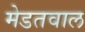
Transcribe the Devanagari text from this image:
मेडतवाल